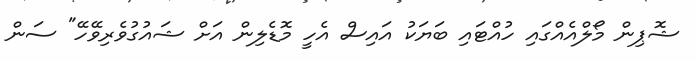
ޝޮޕިން މޯލްއެއްގައި ހުއްޓައި ބަޔަކު އައިސް އެހީ މޮޑެލިން އަށް ޝައުގުވެރިވޭހޭ" ސަން